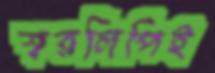
স্বরলিপিই